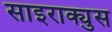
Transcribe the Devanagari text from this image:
साइराक्युस